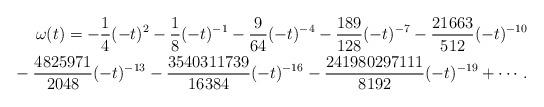
LaTeX: \begin{align*}\omega(t)=-\frac{1}{4}(-t)^2 -\frac{1}{8}(-t)^{-1} -\frac{9}{64}(-t)^{-4} -\frac{189}{128}(-t)^{-7} -\frac{21663}{512}(-t)^{-10}\\\hphantom{\omega(t)=}{}-\frac{4825971}{2048}(-t)^{-13} -\frac{3540311739}{16384}(-t)^{-16} -\frac{241980297111}{8192}(-t)^{-19} +\cdots.\end{align*}